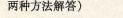
两种方法解答)